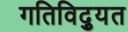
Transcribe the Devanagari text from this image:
गतिविद्युत